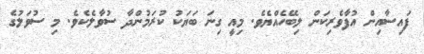
ފައިސާއިން އުފާވެރިކަން ލިބޭހެއްޔެވެ. މިއީ ގިނަ ބަޔަކު ކުރަމުންދާ ސުވާލެކެވެ. މި ސުވަލުގެ